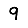
Digit: 9